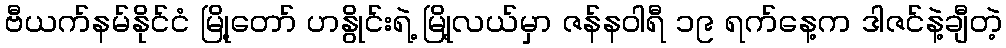
ဗီယက်နမ်နိုင်ငံ မြို့တော် ဟနွိုင်းရဲ့ မြို့လယ်မှာ ဇန်နဝါရီ ၁၉ ရက်နေ့က ဒါဇင်နဲ့ချီတဲ့